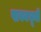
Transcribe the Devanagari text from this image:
पावनभूमी